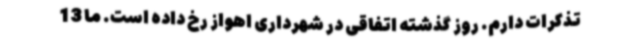
تذکرات دارم. روز گذشته اتفاقی در شهرداری اهواز رخ داده است. ما 13